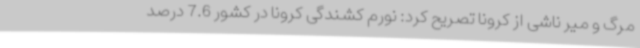
مرگ و میر ناشی از کرونا تصریح کرد: نورم کشندگی کرونا در کشور 7.6 درصد